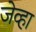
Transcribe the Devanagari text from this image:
जेव्‍हा